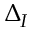
\Delta _ { I }